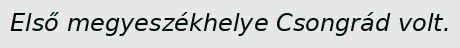
Első megyeszékhelye Csongrád volt.